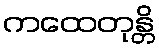
ကထေတုန္တိ